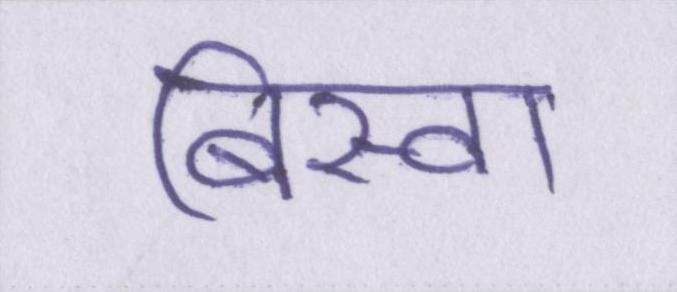
बिस्वा